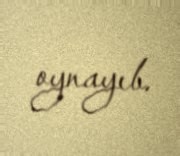
oynayıb.